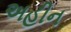
અહીન